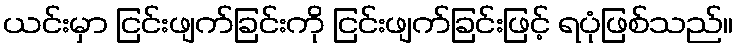
ယင်းမှာ ငြင်းဖျက်ခြင်းကို ငြင်းဖျက်ခြင်းဖြင့် ရပုံဖြစ်သည်။